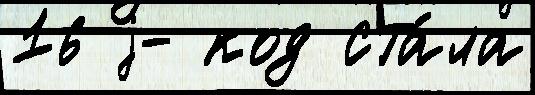
16 j- код ста́ла